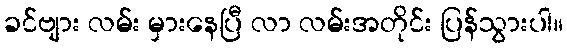
ခင်ဗျား လမ်း မှားနေပြီ လာ လမ်းအတိုင်း ပြန်သွားပါ။